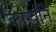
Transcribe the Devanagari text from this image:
कार्खाने